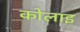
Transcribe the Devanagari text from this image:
कोलाइ